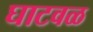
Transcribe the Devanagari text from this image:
घाटवळ